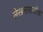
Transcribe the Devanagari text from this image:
लेखनासाठीचा